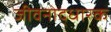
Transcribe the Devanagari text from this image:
जीवनोद्धारक